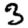
Digit: 3